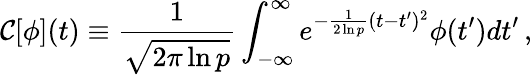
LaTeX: {\cal C}[\phi](t)\equiv{\frac{1}{\sqrt{2\pi\ln p}}}\int_{-\infty}^{\infty}{e^{-{\frac{1}{2\ln p}}(t-t^{\prime})^{2}}\phi(t^{\prime})dt^{\prime}}\, ,